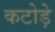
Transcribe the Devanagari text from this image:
कटोड़े